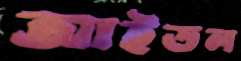
আইডল